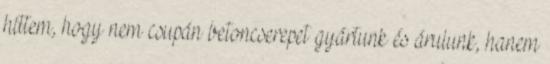
hittem, hogy nem csupán betoncserepet gyártunk és árulunk, hanem